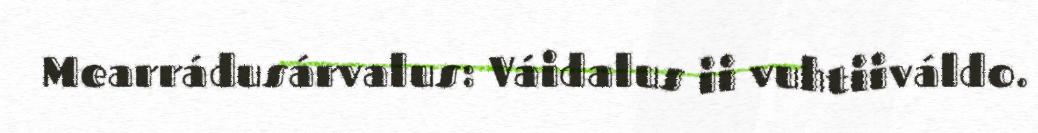
Mearrádusárvalus: Váidalus ii vuhtiiváldo.